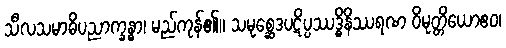
သီလသမာဓိပညာက္ခန္ဓာ၊ မည်ကုန်၏။ သမုစ္ဆေဒပဋိပ္ပဿဒ္ဓိနိဿရဏ ဝိမုတ္တိယောဧဝ၊